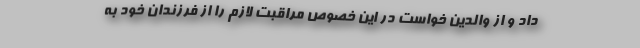
داد و از والدین خواست در این خصوص مراقبت لازم را از فرزندان خود به